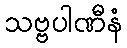
သဗ္ဗပါဏီနံ